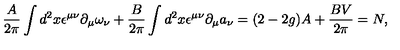
\frac { A } { 2 \pi } \int d ^ { 2 } x \epsilon ^ { \mu \nu } \partial _ { \mu } \omega _ { \nu } + \frac { B } { 2 \pi } \int d ^ { 2 } x \epsilon ^ { \mu \nu } \partial _ { \mu } a _ { \nu } = ( 2 - 2 g ) A + \frac { B V } { 2 \pi } = N ,